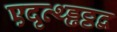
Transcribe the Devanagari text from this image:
एदृत्थ्ड्ढठ्ठद्व